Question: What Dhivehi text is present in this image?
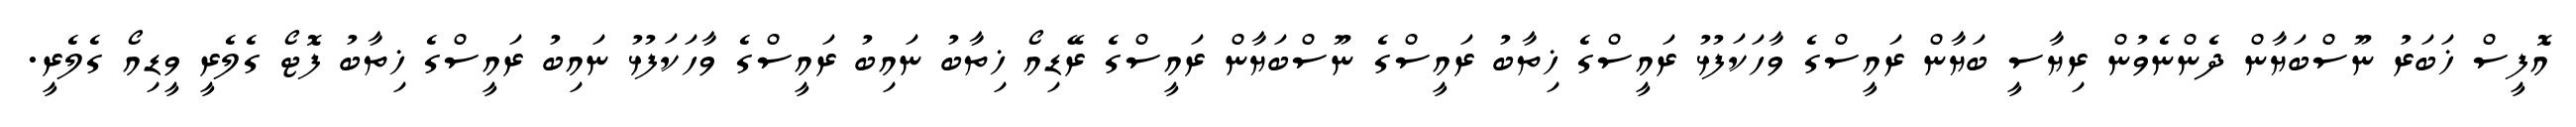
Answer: އޮފީސް ޚަބަރު ނޫސްބަޔާން ދެންނެވުން ރިޔާސީ ބަޔާން ރައީސްގެ ވާހަކަފުޅު ރައީސްގެ ޚިތާބު ރައީސްގެ ނޫސްބަޔާން ރައީސްގެ ރޭޑިއޯ ޚިތާބު ނައިބު ރައީސްގެ ވާހަކަފުޅު ނައިބު ރައީސްގެ ޚިތާބު ފޮޓޯ ގެލެރީ ވީޑިއޯ ގެލެރީ.